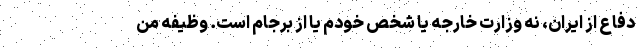
دفاع از ايران، نه وزارت خارجه يا شخص خودم يا از برجام است. وظيفه من